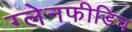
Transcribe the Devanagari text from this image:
ग्लेनफीडिच